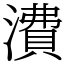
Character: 㵒